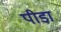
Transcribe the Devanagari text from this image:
पीडा़